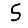
Digit: 5